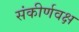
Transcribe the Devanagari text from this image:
संकीर्णवक्ष